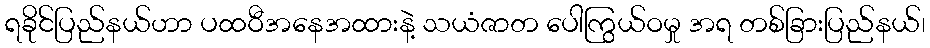
ရခိုင်ပြည်နယ်ဟာ ပထဝီအနေအထားနဲ့ သယံဇာတ ပေါကြွယ်ဝမှု အရ တစ်ခြားပြည်နယ်၊